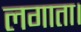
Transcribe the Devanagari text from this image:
लगाता।